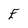
Character: E